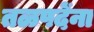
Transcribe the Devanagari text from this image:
तळपदेंना